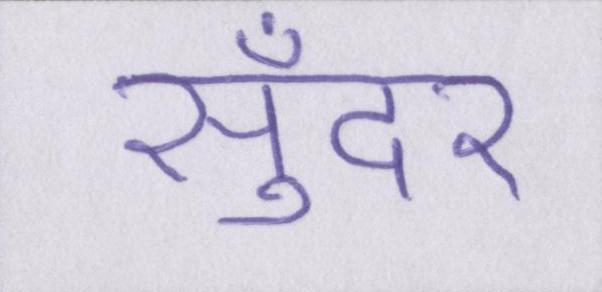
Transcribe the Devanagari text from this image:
सुँदर